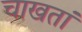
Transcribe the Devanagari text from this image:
चाखतां